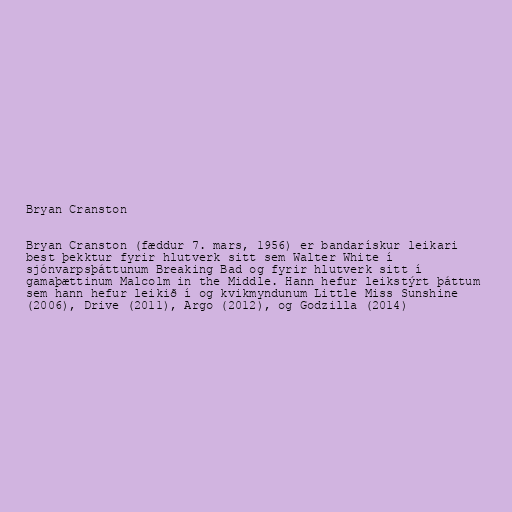
Bryan Cranston

Bryan Cranston (fæddur 7. mars, 1956) er bandarískur leikari
best þekktur fyrir hlutverk sitt sem Walter White í
sjónvarpsþáttunum Breaking Bad og fyrir hlutverk sitt í
gamaþættinum Malcolm in the Middle. Hann hefur leikstýrt þáttum
sem hann hefur leikið í og kvikmyndunum Little Miss Sunshine
(2006), Drive (2011), Argo (2012), og Godzilla (2014)